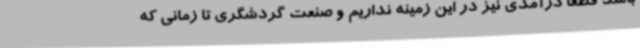
باشد قطعا درآمدی نیز در این زمینه نداریم و صنعت گردشگری تا زمانی که